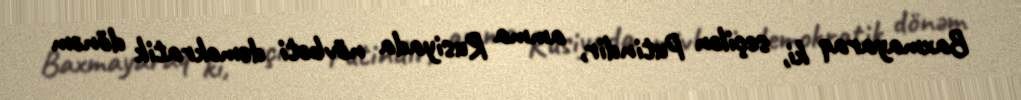
Baxmayaraq ki, seçilən Putindir, amma Rusiyada növbəti demokratik dönəm